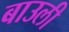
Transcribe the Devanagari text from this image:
बाउली